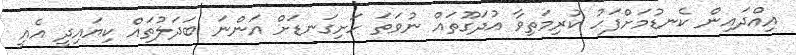
އިއްދައިން ކެނޑުމަށްފަހު ކުރިމަތިވާ އުދަގޫތައް ނުވަތަ ހަށިގަނޑަށް އަންނަ ބަދަލުތައް ކިޔައިދީ އެއީ